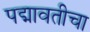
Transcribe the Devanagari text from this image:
पद्मावतीचा